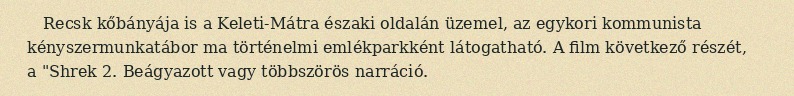
Recsk kőbányája is a Keleti-Mátra északi oldalán üzemel, az egykori kommunista kényszermunkatábor ma történelmi emlékparkként látogatható. A film következő részét, a "Shrek 2. Beágyazott vagy többszörös narráció.